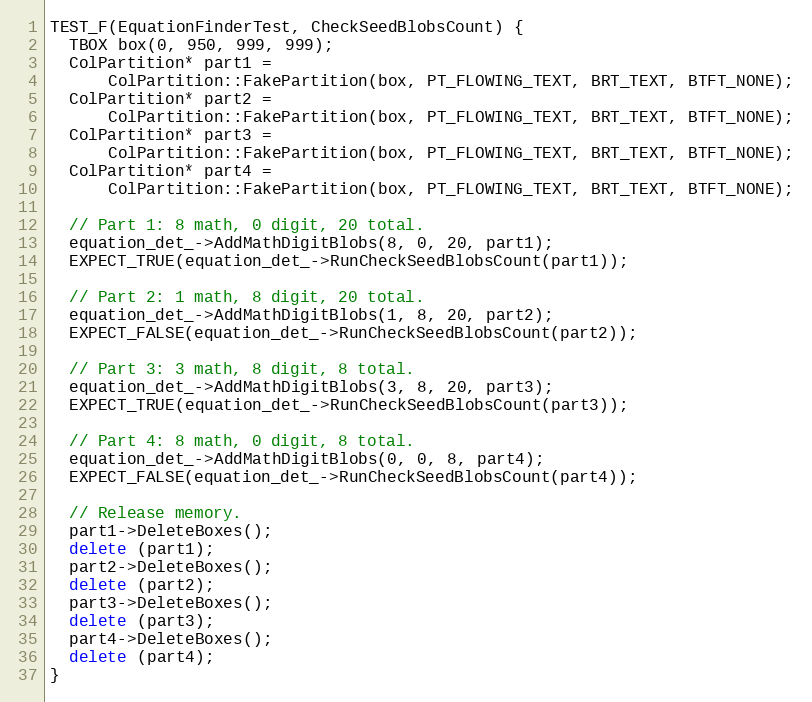
Language: C++
TEST_F(EquationFinderTest, CheckSeedBlobsCount) {
  TBOX box(0, 950, 999, 999);
  ColPartition* part1 =
      ColPartition::FakePartition(box, PT_FLOWING_TEXT, BRT_TEXT, BTFT_NONE);
  ColPartition* part2 =
      ColPartition::FakePartition(box, PT_FLOWING_TEXT, BRT_TEXT, BTFT_NONE);
  ColPartition* part3 =
      ColPartition::FakePartition(box, PT_FLOWING_TEXT, BRT_TEXT, BTFT_NONE);
  ColPartition* part4 =
      ColPartition::FakePartition(box, PT_FLOWING_TEXT, BRT_TEXT, BTFT_NONE);

  // Part 1: 8 math, 0 digit, 20 total.
  equation_det_->AddMathDigitBlobs(8, 0, 20, part1);
  EXPECT_TRUE(equation_det_->RunCheckSeedBlobsCount(part1));

  // Part 2: 1 math, 8 digit, 20 total.
  equation_det_->AddMathDigitBlobs(1, 8, 20, part2);
  EXPECT_FALSE(equation_det_->RunCheckSeedBlobsCount(part2));

  // Part 3: 3 math, 8 digit, 8 total.
  equation_det_->AddMathDigitBlobs(3, 8, 20, part3);
  EXPECT_TRUE(equation_det_->RunCheckSeedBlobsCount(part3));

  // Part 4: 8 math, 0 digit, 8 total.
  equation_det_->AddMathDigitBlobs(0, 0, 8, part4);
  EXPECT_FALSE(equation_det_->RunCheckSeedBlobsCount(part4));

  // Release memory.
  part1->DeleteBoxes();
  delete (part1);
  part2->DeleteBoxes();
  delete (part2);
  part3->DeleteBoxes();
  delete (part3);
  part4->DeleteBoxes();
  delete (part4);
}